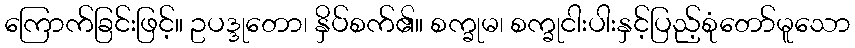
ကြောက်ခြင်းဖြင့်။ ဥပဒ္ဒုတော၊ နှိပ်စက်၏။ စက္ခုမ၊ စက္ခုငါးပါးနှင့်ပြည့်စုံတော်မူသော